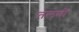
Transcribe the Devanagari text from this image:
तलबों